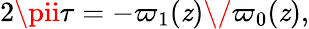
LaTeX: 2\pii\tau=-{\varpi_{1}(\mathit{z})\/ \varpi_{0}(\mathit{z})},